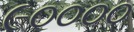
૯૦૦૦૦